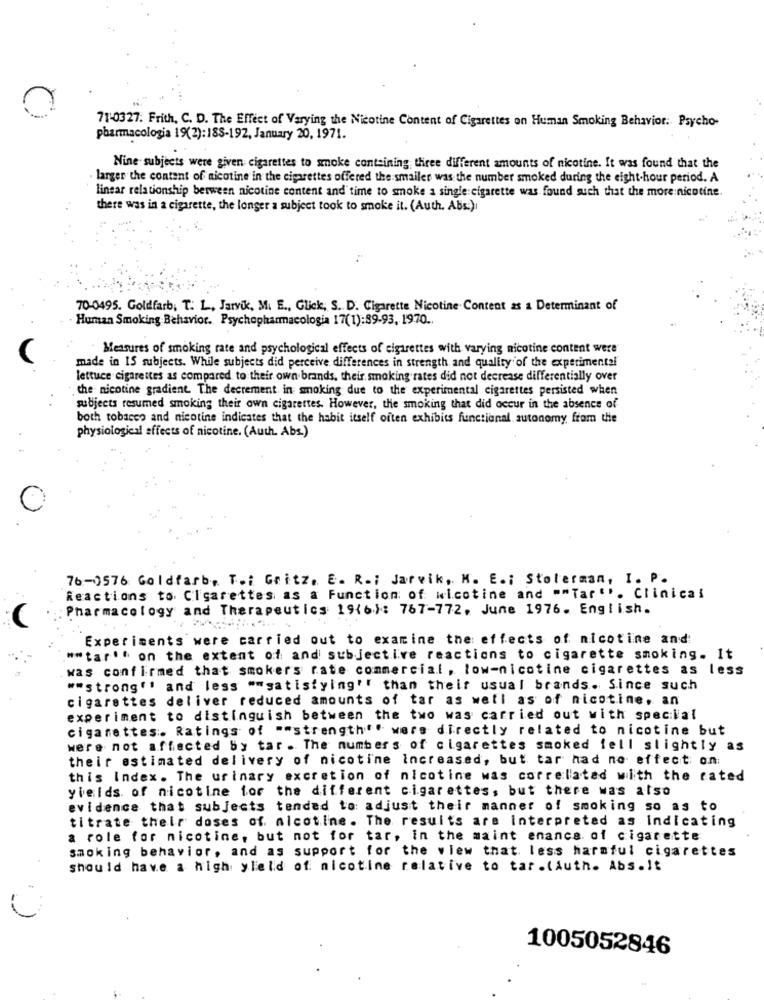
71-0327. Frith, C. D. The Effect of Varying the Nicotine Content of Cigarettes on Human Smoking Behavior: Psycho-
pharmacologia 19(2):188-192, January 20, 1971.
Nine subjects were given cigarettes to smoke containing three different amounts of nicotine. It was found that the
larger the content of nicotine in the cigarettes offered the smaller was the number smoked during the eight-hour period. A
linear relationship between nicotine content and time to smoke a single:cigarette was found such that the more nicotine.
there was in a cigarette, the longer a subject took to smoke it. (Auth. Abs:)
70-0495. Goldfarb; T. L, Jarvik, M. E ., Glick, S. D. Cigarette Nicotine Content as a Determinant of
Human Smoking Behavior. Psychopharmacologia 17(1):89-93, 1970 ..
Measures of smoking rate and psychological effects of cigarettes with varying nicotine content were
made in IS subjects. While subjects did perceive differences in strength and quality of the experimental
lettuce cigarettes as compared to their own brands, their, smoking rates did not decrease differentially over
the nicotine gradient. The decrement in smoking due to the experimental cigarettes persisted when
subjects resumed smoking their own cigarettes. However, the smoking that did occur in the absence of
both tobacco and nicotine indicates that the habit itself often exhibits functional autonomy from the
physiological effects of nicotine. (Auth. Abs.)
76-0576 Goldfarb, T .: Gritz. E. R .: Jarvik, M. E .; Stolerman, I. P.
Reactions to Cigarettes as a Function of wicotine and ""Tar ''. Clinical
Pharmacology and Therapeutics 1946): 767-772. June 1976. English.
Experiments were carried out to examine the effects of nicotine and
""tar'' on the extent of and subjective reactions to cigarette smoking. It
was confirmed that smokers rate commercial, low-nicotine cigarettes as less
""strong'' and less ""satisfying'! than their usual brands. Since such
cigarettes deliver reduced amounts of tar as well as of nicotine. an
experiment to distinguish between the two was carried out with special
cigarettes. Ratings of ""strength"" wers directly related to nicotine but
were not affected by tar. The numbers of cigarettes smoked fell slightly as
their estimated delivery of nicotine Increased, but tar had no effect on:
this Index. The urinary excretion of nicotine was correlated with the rated
yields of nicotine for the different cigarettes, but there was also
evidence that subjects tended to adjust their manner of smoking so as to
titrate their doses of. nicotine. The results are interpreted as indicating
a role for nicotine, but not for tar, in the maint enance of cigarette
smoking behavior, and as support for the wiew that less harmful cigarettes
should have a high yleid of nicotine relative to tar .(Auth. Abs.It
1005052846